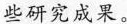
些研究成果